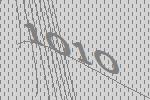
1010